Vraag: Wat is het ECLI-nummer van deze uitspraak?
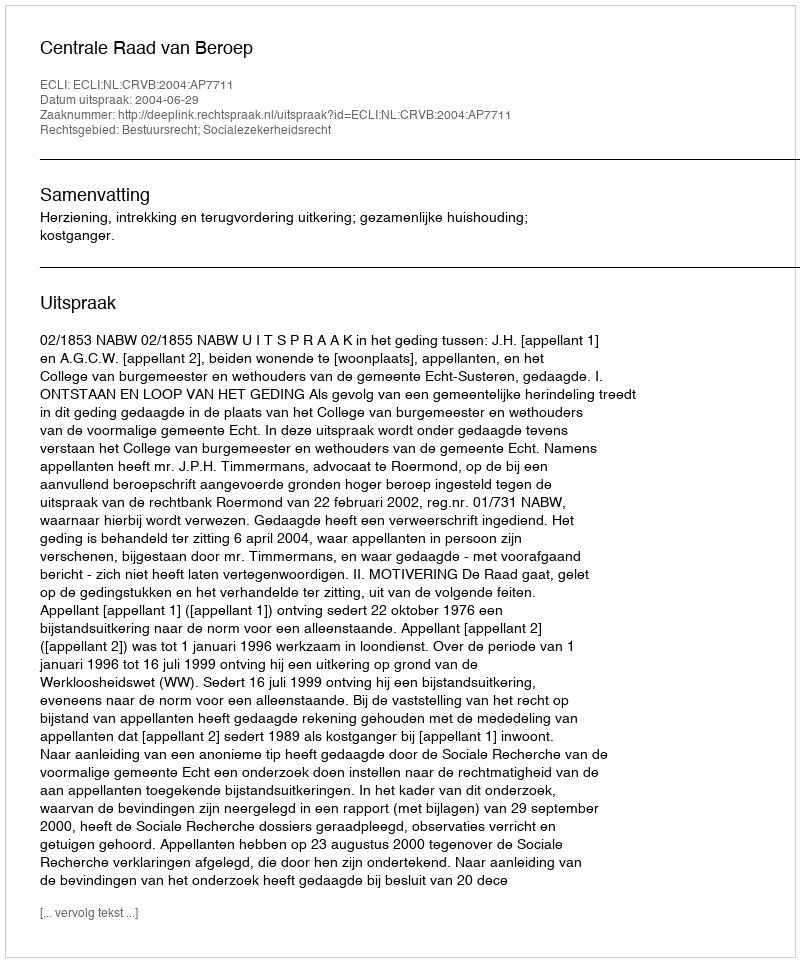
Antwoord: ECLI:NL:CRVB:2004:AP7711